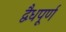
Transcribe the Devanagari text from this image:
द्वैधपूर्ण